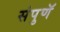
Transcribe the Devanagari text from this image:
संपुणॅ